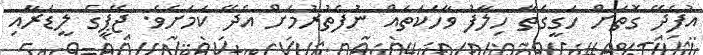
އުފެދޭ ގޮތަށް ހަގީގަތާ ހިލާފު ވާހަކަތައް ނުފެތުރުމަށް އެދޭ ކަމަށެެވެ. ޖޭޕީގެ ލީޑަރާއި